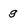
Character: g